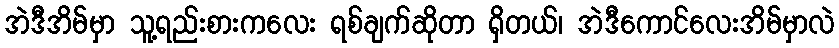
အဲဒီအိမ်မှာ သူ့ရည်းစားကလေး ရစ်ချက်ဆိုတာ ရှိတယ်၊ အဲဒီကောင်လေးအိမ်မှာလဲ